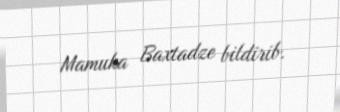
Mamuka Baxtadze bildirib.